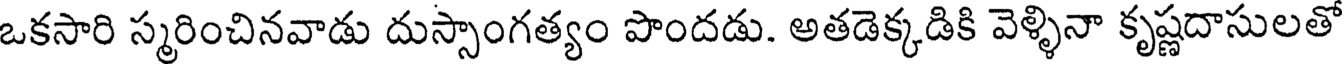
ఒకసారి స్మరించినవాడు దుస్సాంగత్యం పొందడు. అతడెక్కడికి వెళ్ళినా కృష్ణదాసులతో